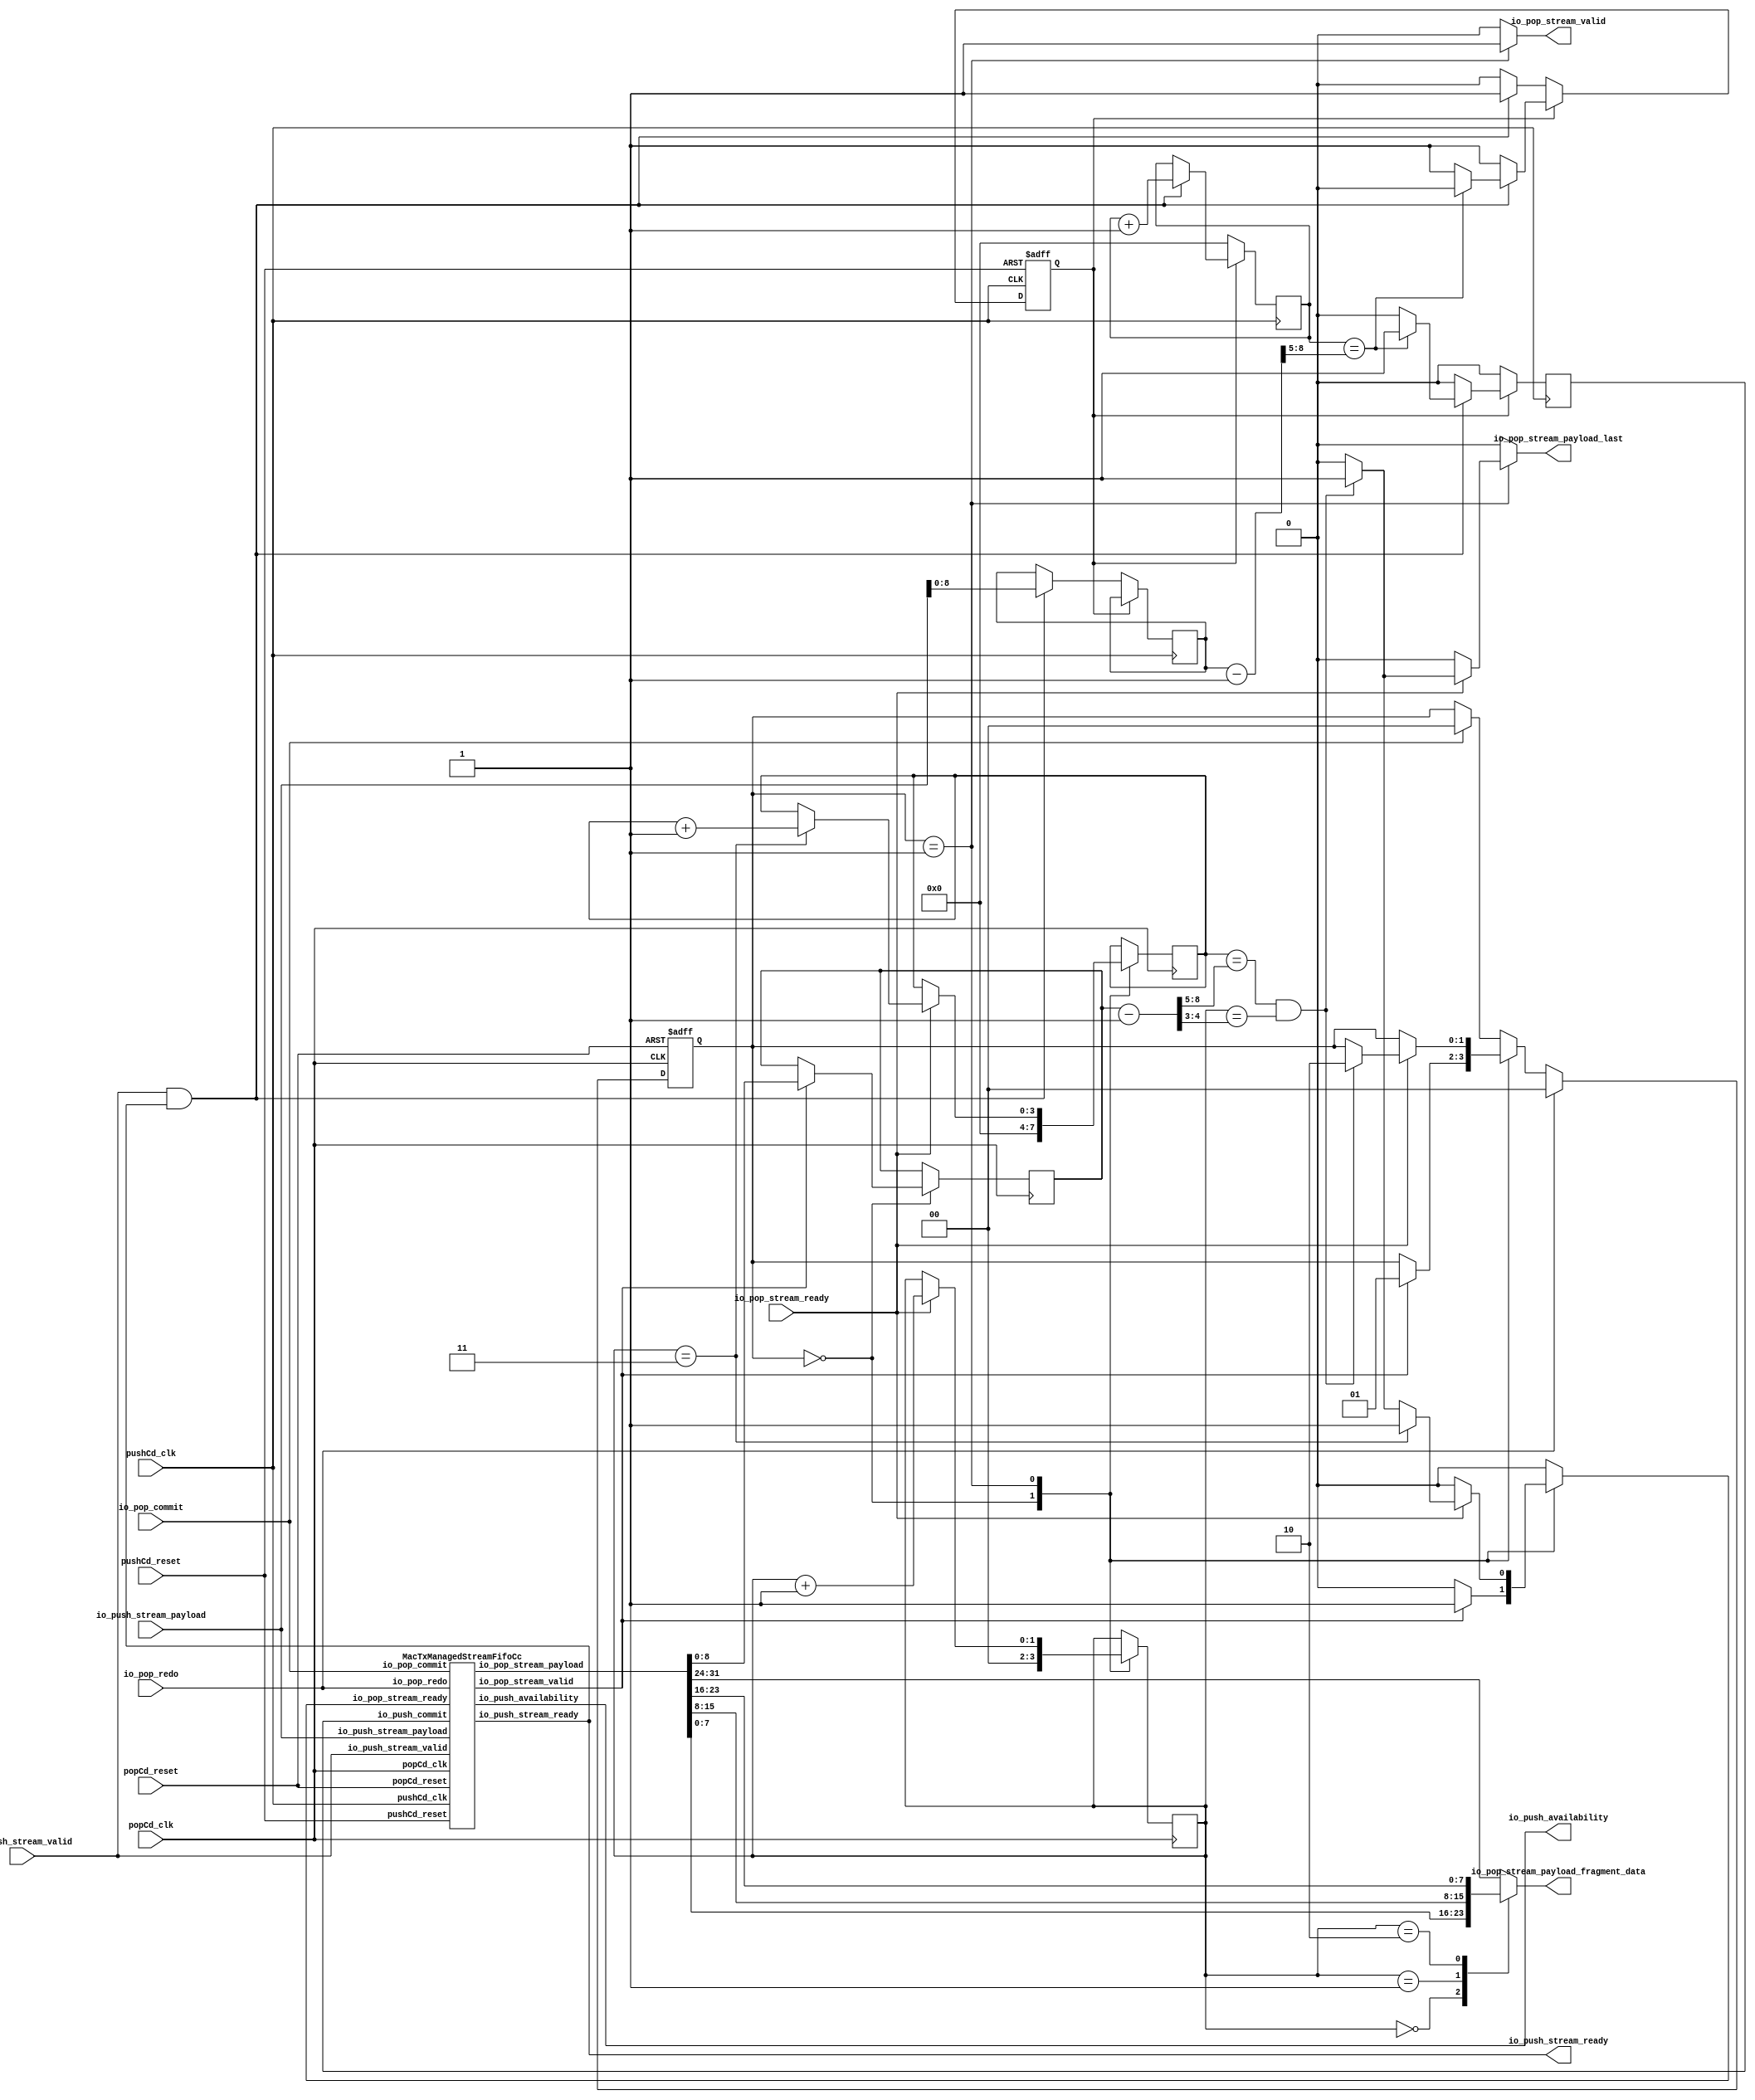
// Generator : SpinalHDL v1.4.3    git head : adf552d8f500e7419fff395b7049228e4bc5de26
// Component : MacTxBuffer
// Git hash  : adf552d8f500e7419fff395b7049228e4bc5de26


`define push_State_binary_sequential_type [0:0]
`define push_State_binary_sequential_LENGTH 1'b0
`define push_State_binary_sequential_DATA 1'b1

`define pop_State_binary_sequential_type [1:0]
`define pop_State_binary_sequential_LENGTH 2'b00
`define pop_State_binary_sequential_DATA 2'b01
`define pop_State_binary_sequential_WAIT_1 2'b10


module MacTxBuffer (
  input               io_push_stream_valid,
  output              io_push_stream_ready,
  input      [31:0]   io_push_stream_payload,
  output     [4:0]    io_push_availability,
  output reg          io_pop_stream_valid,
  input               io_pop_stream_ready,
  output reg          io_pop_stream_payload_last,
  output     [7:0]    io_pop_stream_payload_fragment_data,
  input               io_pop_redo,
  input               io_pop_commit,
  input               pushCd_clk,
  input               pushCd_reset,
  input               popCd_clk,
  input               popCd_reset
);
  reg                 _zz_1;
  reg        [7:0]    _zz_2;
  wire                fifo_io_push_stream_ready;
  wire       [4:0]    fifo_io_push_availability;
  wire                fifo_io_pop_stream_valid;
  wire       [31:0]   fifo_io_pop_stream_payload;
  wire                _zz_3;
  wire                _zz_4;
  wire                _zz_5;
  wire                _zz_6;
  wire                _zz_7;
  wire       [8:0]    _zz_8;
  wire       [31:0]   _zz_9;
  wire       [31:0]   _zz_10;
  reg                 push_commit;
  reg        `push_State_binary_sequential_type push_state_1;
  reg        [8:0]    push_length;
  wire       [3:0]    push_wordCountMinusOne;
  reg        [3:0]    push_wordCounter;
  reg        `pop_State_binary_sequential_type pop_state_1;
  reg        [8:0]    pop_length;
  wire       [8:0]    pop_lengthMinusOne;
  reg        [3:0]    pop_wordCounter;
  wire       [3:0]    pop_wordCountEndAt;
  wire       [1:0]    pop_spliterEndAt;
  reg        [1:0]    pop_spliter;
  `ifndef SYNTHESIS
  reg [47:0] push_state_1_string;
  reg [47:0] pop_state_1_string;
  `endif


  assign _zz_3 = ((pop_wordCounter == pop_wordCountEndAt) && (pop_spliter == pop_spliterEndAt));
  assign _zz_4 = (pop_spliter == 2'b11);
  assign _zz_5 = (io_push_stream_valid && fifo_io_push_stream_ready);
  assign _zz_6 = (io_push_stream_valid && io_push_stream_ready);
  assign _zz_7 = (push_wordCounter == push_wordCountMinusOne);
  assign _zz_8 = (push_length - 9'h001);
  assign _zz_9 = io_push_stream_payload;
  assign _zz_10 = fifo_io_pop_stream_payload;
  MacTxManagedStreamFifoCc fifo (
    .io_push_stream_valid      (io_push_stream_valid              ), //i
    .io_push_stream_ready      (fifo_io_push_stream_ready         ), //o
    .io_push_stream_payload    (io_push_stream_payload[31:0]      ), //i
    .io_push_commit            (push_commit                       ), //i
    .io_push_availability      (fifo_io_push_availability[4:0]    ), //o
    .io_pop_stream_valid       (fifo_io_pop_stream_valid          ), //o
    .io_pop_stream_ready       (_zz_1                             ), //i
    .io_pop_stream_payload     (fifo_io_pop_stream_payload[31:0]  ), //o
    .io_pop_redo               (io_pop_redo                       ), //i
    .io_pop_commit             (io_pop_commit                     ), //i
    .pushCd_clk                (pushCd_clk                        ), //i
    .pushCd_reset              (pushCd_reset                      ), //i
    .popCd_clk                 (popCd_clk                         ), //i
    .popCd_reset               (popCd_reset                       )  //i
  );
  always @(*) begin
    case(pop_spliter)
      2'b00 : begin
        _zz_2 = fifo_io_pop_stream_payload[7 : 0];
      end
      2'b01 : begin
        _zz_2 = fifo_io_pop_stream_payload[15 : 8];
      end
      2'b10 : begin
        _zz_2 = fifo_io_pop_stream_payload[23 : 16];
      end
      default : begin
        _zz_2 = fifo_io_pop_stream_payload[31 : 24];
      end
    endcase
  end

  `ifndef SYNTHESIS
  always @(*) begin
    case(push_state_1)
      `push_State_binary_sequential_LENGTH : push_state_1_string = "LENGTH";
      `push_State_binary_sequential_DATA : push_state_1_string = "DATA  ";
      default : push_state_1_string = "??????";
    endcase
  end
  always @(*) begin
    case(pop_state_1)
      `pop_State_binary_sequential_LENGTH : pop_state_1_string = "LENGTH";
      `pop_State_binary_sequential_DATA : pop_state_1_string = "DATA  ";
      `pop_State_binary_sequential_WAIT_1 : pop_state_1_string = "WAIT_1";
      default : pop_state_1_string = "??????";
    endcase
  end
  `endif

  assign io_push_availability = fifo_io_push_availability;
  assign io_push_stream_ready = fifo_io_push_stream_ready;
  assign push_wordCountMinusOne = (_zz_8 >>> 5);
  assign pop_lengthMinusOne = (pop_length - 9'h001);
  assign pop_wordCountEndAt = (pop_lengthMinusOne >>> 5);
  assign pop_spliterEndAt = pop_lengthMinusOne[4 : 3];
  always @ (*) begin
    _zz_1 = 1'b0;
    case(pop_state_1)
      `pop_State_binary_sequential_LENGTH : begin
        if(fifo_io_pop_stream_valid)begin
          _zz_1 = 1'b1;
        end
      end
      `pop_State_binary_sequential_DATA : begin
        if(io_pop_stream_ready)begin
          if(_zz_3)begin
            _zz_1 = 1'b1;
          end
          if(_zz_4)begin
            _zz_1 = 1'b1;
          end
        end
      end
      default : begin
      end
    endcase
  end

  always @ (*) begin
    io_pop_stream_valid = 1'b0;
    case(pop_state_1)
      `pop_State_binary_sequential_LENGTH : begin
      end
      `pop_State_binary_sequential_DATA : begin
        io_pop_stream_valid = 1'b1;
      end
      default : begin
      end
    endcase
  end

  always @ (*) begin
    io_pop_stream_payload_last = 1'b0;
    case(pop_state_1)
      `pop_State_binary_sequential_LENGTH : begin
      end
      `pop_State_binary_sequential_DATA : begin
        if(io_pop_stream_ready)begin
          if(_zz_3)begin
            io_pop_stream_payload_last = 1'b1;
          end
        end
      end
      default : begin
      end
    endcase
  end

  assign io_pop_stream_payload_fragment_data = _zz_2;
  always @ (posedge pushCd_clk) begin
    push_commit <= 1'b0;
    case(push_state_1)
      `push_State_binary_sequential_LENGTH : begin
        push_wordCounter <= 4'b0000;
        if(_zz_5)begin
          push_length <= _zz_9[8:0];
        end
      end
      default : begin
        if(_zz_6)begin
          push_wordCounter <= (push_wordCounter + 4'b0001);
          if(_zz_7)begin
            push_commit <= 1'b1;
          end
        end
      end
    endcase
  end

  always @ (posedge pushCd_clk or posedge pushCd_reset) begin
    if (pushCd_reset) begin
      push_state_1 <= `push_State_binary_sequential_LENGTH;
    end else begin
      case(push_state_1)
        `push_State_binary_sequential_LENGTH : begin
          if(_zz_5)begin
            push_state_1 <= `push_State_binary_sequential_DATA;
          end
        end
        default : begin
          if(_zz_6)begin
            if(_zz_7)begin
              push_state_1 <= `push_State_binary_sequential_LENGTH;
            end
          end
        end
      endcase
    end
  end

  always @ (posedge popCd_clk or posedge popCd_reset) begin
    if (popCd_reset) begin
      pop_state_1 <= `pop_State_binary_sequential_LENGTH;
    end else begin
      case(pop_state_1)
        `pop_State_binary_sequential_LENGTH : begin
          if(fifo_io_pop_stream_valid)begin
            pop_state_1 <= `pop_State_binary_sequential_DATA;
          end
        end
        `pop_State_binary_sequential_DATA : begin
          if(io_pop_stream_ready)begin
            if(_zz_3)begin
              pop_state_1 <= `pop_State_binary_sequential_WAIT_1;
            end
          end
        end
        default : begin
          if(io_pop_commit)begin
            pop_state_1 <= `pop_State_binary_sequential_LENGTH;
          end
        end
      endcase
      if(io_pop_redo)begin
        pop_state_1 <= `pop_State_binary_sequential_LENGTH;
      end
    end
  end

  always @ (posedge popCd_clk) begin
    case(pop_state_1)
      `pop_State_binary_sequential_LENGTH : begin
        pop_wordCounter <= 4'b0000;
        pop_spliter <= 2'b00;
        if(fifo_io_pop_stream_valid)begin
          pop_length <= _zz_10[8:0];
        end
      end
      `pop_State_binary_sequential_DATA : begin
        if(io_pop_stream_ready)begin
          pop_spliter <= (pop_spliter + 2'b01);
          if(_zz_4)begin
            pop_wordCounter <= (pop_wordCounter + 4'b0001);
          end
        end
      end
      default : begin
      end
    endcase
  end


endmodule

module MacTxManagedStreamFifoCc (
  input               io_push_stream_valid,
  output              io_push_stream_ready,
  input      [31:0]   io_push_stream_payload,
  input               io_push_commit,
  output     [4:0]    io_push_availability,
  output              io_pop_stream_valid,
  input               io_pop_stream_ready,
  output     [31:0]   io_pop_stream_payload,
  input               io_pop_redo,
  input               io_pop_commit,
  input               pushCd_clk,
  input               pushCd_reset,
  input               popCd_clk,
  input               popCd_reset
);
  reg        [31:0]   _zz_12;
  wire       [4:0]    popToPushGray_buffercc_io_dataOut;
  wire       [4:0]    pushToPopGray_buffercc_io_dataOut;
  wire                _zz_13;
  wire       [4:0]    _zz_14;
  wire       [4:0]    _zz_15;
  wire       [3:0]    _zz_16;
  wire       [4:0]    _zz_17;
  wire       [4:0]    _zz_18;
  wire       [4:0]    _zz_19;
  reg                 _zz_1;
  wire       [4:0]    popToPushGray;
  wire       [4:0]    pushToPopGray;
  reg        [4:0]    push_currentPtr;
  reg        [4:0]    push_oldPtr;
  wire       [4:0]    push_popPtrGray;
  reg        [4:0]    _zz_2;
  wire       [4:0]    _zz_3;
  wire                _zz_4;
  wire                _zz_5;
  wire                _zz_6;
  wire                _zz_7;
  reg        [4:0]    pop_currentPtr;
  reg        [4:0]    pop_oldPtr;
  wire       [4:0]    pop_pushPtrGray;
  wire       [4:0]    pop_popPtrGray;
  reg        [4:0]    pop_popPtrGray_regNext;
  wire                pop_cmd_valid;
  wire                pop_cmd_ready;
  wire       [3:0]    pop_cmd_payload;
  reg        [4:0]    pop_commitPtr;
  wire                _zz_8;
  reg                 _zz_9;
  reg                 _zz_10;
  reg                 _zz_11;
  reg [31:0] ram [0:15];

  assign _zz_13 = (io_push_stream_valid && io_push_stream_ready);
  assign _zz_14 = (push_oldPtr >>> 1'b1);
  assign _zz_15 = (push_currentPtr >>> 1'b1);
  assign _zz_16 = push_currentPtr[3:0];
  assign _zz_17 = (push_currentPtr - {_zz_7,{_zz_6,{_zz_5,{_zz_4,(push_popPtrGray[0] ^ _zz_4)}}}});
  assign _zz_18 = (pop_oldPtr >>> 1'b1);
  assign _zz_19 = (pop_currentPtr >>> 1'b1);
  always @ (posedge pushCd_clk) begin
    if(_zz_1) begin
      ram[_zz_16] <= io_push_stream_payload;
    end
  end

  always @ (posedge popCd_clk) begin
    if(pop_cmd_ready) begin
      _zz_12 <= ram[pop_cmd_payload];
    end
  end

  BufferCC popToPushGray_buffercc (
    .io_dataIn       (popToPushGray[4:0]                      ), //i
    .io_dataOut      (popToPushGray_buffercc_io_dataOut[4:0]  ), //o
    .pushCd_clk      (pushCd_clk                              ), //i
    .pushCd_reset    (pushCd_reset                            )  //i
  );
  BufferCC_1 pushToPopGray_buffercc (
    .io_dataIn      (pushToPopGray[4:0]                      ), //i
    .io_dataOut     (pushToPopGray_buffercc_io_dataOut[4:0]  ), //o
    .popCd_clk      (popCd_clk                               ), //i
    .popCd_reset    (popCd_reset                             )  //i
  );
  always @ (*) begin
    _zz_1 = 1'b0;
    if(_zz_13)begin
      _zz_1 = 1'b1;
    end
  end

  assign push_popPtrGray = popToPushGray_buffercc_io_dataOut;
  assign pushToPopGray = _zz_2;
  assign _zz_3 = (_zz_15 ^ push_currentPtr);
  assign io_push_stream_ready = (! ((_zz_3[4 : 3] == (~ push_popPtrGray[4 : 3])) && (_zz_3[2 : 0] == push_popPtrGray[2 : 0])));
  assign _zz_4 = (push_popPtrGray[1] ^ _zz_5);
  assign _zz_5 = (push_popPtrGray[2] ^ _zz_6);
  assign _zz_6 = (push_popPtrGray[3] ^ _zz_7);
  assign _zz_7 = push_popPtrGray[4];
  assign io_push_availability = (5'h10 - _zz_17);
  assign pop_pushPtrGray = pushToPopGray_buffercc_io_dataOut;
  assign pop_popPtrGray = (_zz_18 ^ pop_oldPtr);
  assign popToPushGray = pop_popPtrGray_regNext;
  assign pop_cmd_valid = ((! ((_zz_19 ^ pop_currentPtr) == pop_pushPtrGray)) && (! io_pop_redo));
  assign pop_cmd_payload = pop_currentPtr[3:0];
  assign pop_cmd_ready = ((! _zz_8) || _zz_9);
  assign _zz_8 = _zz_10;
  always @ (*) begin
    _zz_11 = _zz_8;
    if(io_pop_redo)begin
      _zz_11 = 1'b0;
    end
  end

  always @ (*) begin
    _zz_9 = io_pop_stream_ready;
    if(io_pop_redo)begin
      _zz_9 = 1'b1;
    end
  end

  assign io_pop_stream_valid = _zz_11;
  assign io_pop_stream_payload = _zz_12;
  always @ (posedge pushCd_clk or posedge pushCd_reset) begin
    if (pushCd_reset) begin
      push_currentPtr <= 5'h0;
      push_oldPtr <= 5'h0;
      _zz_2 <= 5'h0;
    end else begin
      _zz_2 <= (_zz_14 ^ push_oldPtr);
      if(_zz_13)begin
        push_currentPtr <= (push_currentPtr + 5'h01);
      end
      if(io_push_commit)begin
        push_oldPtr <= push_currentPtr;
      end
    end
  end

  always @ (posedge popCd_clk or posedge popCd_reset) begin
    if (popCd_reset) begin
      pop_currentPtr <= 5'h0;
      pop_oldPtr <= 5'h0;
      pop_popPtrGray_regNext <= 5'h0;
      _zz_10 <= 1'b0;
    end else begin
      pop_popPtrGray_regNext <= pop_popPtrGray;
      if(_zz_9)begin
        _zz_10 <= 1'b0;
      end
      if(pop_cmd_ready)begin
        _zz_10 <= pop_cmd_valid;
      end
      if((pop_cmd_valid && pop_cmd_ready))begin
        pop_currentPtr <= (pop_currentPtr + 5'h01);
      end
      if(io_pop_redo)begin
        pop_currentPtr <= pop_oldPtr;
      end
      if(io_pop_commit)begin
        pop_oldPtr <= pop_commitPtr;
      end
    end
  end

  always @ (posedge popCd_clk) begin
    if((io_pop_stream_valid && io_pop_stream_ready))begin
      pop_commitPtr <= pop_currentPtr;
    end
  end


endmodule

module BufferCC_1 (
  input      [4:0]    io_dataIn,
  output     [4:0]    io_dataOut,
  input               popCd_clk,
  input               popCd_reset
);
  (* async_reg = "true" *) reg        [4:0]    buffers_0;
  (* async_reg = "true" *) reg        [4:0]    buffers_1;

  assign io_dataOut = buffers_1;
  always @ (posedge popCd_clk or posedge popCd_reset) begin
    if (popCd_reset) begin
      buffers_0 <= 5'h0;
      buffers_1 <= 5'h0;
    end else begin
      buffers_0 <= io_dataIn;
      buffers_1 <= buffers_0;
    end
  end


endmodule

module BufferCC (
  input      [4:0]    io_dataIn,
  output     [4:0]    io_dataOut,
  input               pushCd_clk,
  input               pushCd_reset
);
  (* async_reg = "true" *) reg        [4:0]    buffers_0;
  (* async_reg = "true" *) reg        [4:0]    buffers_1;

  assign io_dataOut = buffers_1;
  always @ (posedge pushCd_clk or posedge pushCd_reset) begin
    if (pushCd_reset) begin
      buffers_0 <= 5'h0;
      buffers_1 <= 5'h0;
    end else begin
      buffers_0 <= io_dataIn;
      buffers_1 <= buffers_0;
    end
  end


endmodule